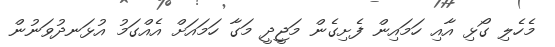
މެހެލި ގޯޅި އާއި ހަމައިން ފެށިގެން މަޖީދީ މަގާ ހަމައަށް އެއްގަމު އުޅަނދުވަނުން